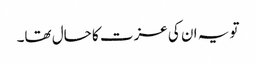
تو یہ ان کی عزت کا حال تھا۔